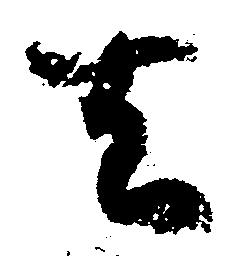
去